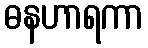
ဓနဟာရကာ